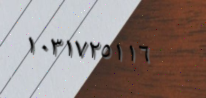
١٠٣١٧٢٥١١٦